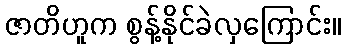
ဇာတိဟူက စွန့်နိုင်ခဲလှကြောင်း။